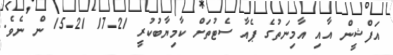
އަފްޝީން އާއި އާމިނަތުގެ ޕެއާ ސެޓުތަށް ކާމިޔާބުކުރީ 21-17 21-15 ން ނެވެ.